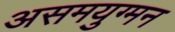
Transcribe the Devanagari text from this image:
असमयुग्मन